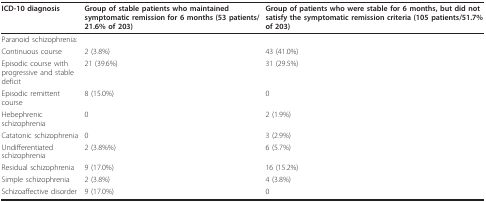
<table><thead><tr><td><b>ICD-10 diagnosis</b></td><td><b>Group of stable patients who maintained symptomatic remission for 6 months (53 patients/21.6% of 203)</b></td><td><b>Group of patients who were stable for 6 months, but did not satisfy the symptomatic remission criteria (105 patients/51.7% of 203)</b></td></tr></thead><tbody><tr><td>Paranoid schizophrenia:</td><td></td><td></td></tr><tr><td>Continuous course</td><td>2 (3.8%)</td><td>43 (41.0%)</td></tr><tr><td>Episodic course with progressive and stable deficit</td><td>21 (39.6%)</td><td>31 (29.5%)</td></tr><tr><td>Episodic remittent course</td><td>8 (15.0%)</td><td>0</td></tr><tr><td>Hebephrenic schizophrenia</td><td>0</td><td>2 (1.9%)</td></tr><tr><td>Catatonic schizophrenia</td><td>0</td><td>3 (2.9%)</td></tr><tr><td>Undifferentiated schizophrenia</td><td>2 (3.8%%)</td><td>6 (5.7%)</td></tr><tr><td>Residual schizophrenia</td><td>9 (17.0%)</td><td>16 (15.2%)</td></tr><tr><td>Simple schizophrenia</td><td>2 (3.8%)</td><td>4 (3.8%)</td></tr><tr><td>Schizoaffective disorder</td><td>9 (17.0%)</td><td>0</td></tr></tbody></table>